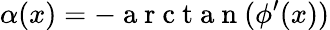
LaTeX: \alpha(x)=-\mathrm{~a~r~c~t~a~n~}(\phi^{\prime}(x))